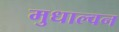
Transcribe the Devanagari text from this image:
मुधाल्वन